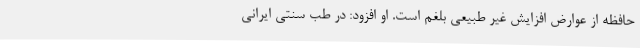
حافظه از عوارض افزایش غیر طبیعی بلغم است. او افزود: در طب سنتی ایرانی